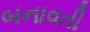
બનાવતી